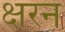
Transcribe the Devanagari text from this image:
क्षरन